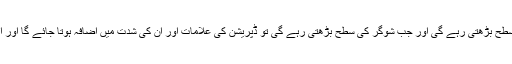
اگر ڈپریشن کابر وقت صحیح اور پورا علاج نہ کیا گیا تو شوگر کی سطح بڑھتی رہے گی اور جب شوگر کی سطح بڑھتی رہے گی تو ڈپریشن کی علامات اور ان کی شدت میں اضافہ ہوتا جائے گا اور اس طرح مریض کے لئے مختلف پیچیدگیوں کا احتمال بڑھتا رہے گا۔